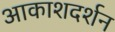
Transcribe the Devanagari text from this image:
आकाशदर्शन